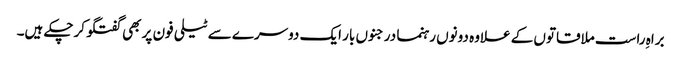
براہِ راست ملاقاتوں کے علاوہ دونوں رہنما درجنوں بار ایک دوسرے سے ٹیلی فون پر بھی گفتگو کرچکے ہیں۔